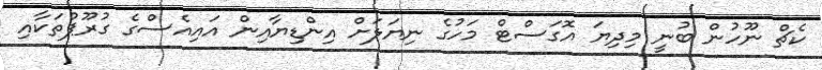
ކެޗް ނޫހުން ބުނީ މިދިޔަ އޮގަސްޓްް މަހުގެ ނިޔަލަށް އިންޑިޔާާއިން އައިއެސްގެ ގުރޫޕުތަކާއި